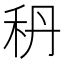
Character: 𥝳